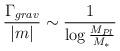
LaTeX: \begin{align*}\frac{\Gamma_{grav}}{|m|} \sim \frac{1}{\log \frac{M_{Pl}}{M_*}}\end{align*}